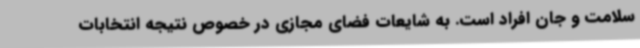
سلامت و جان افراد است. به شایعات فضای مجازی در خصوص نتیجه انتخابات